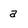
Character: a